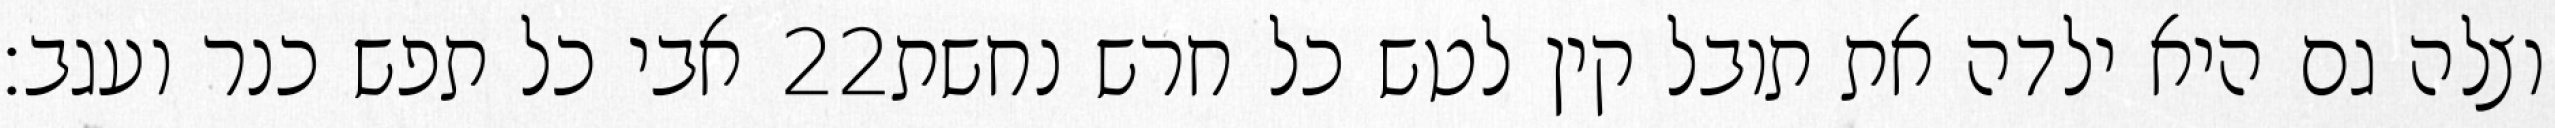
אבי כל תפש כנר ועגב׃ ‎22‏ וצלה גם היא ילדה את תובל קין לטש כל חרש נחשת